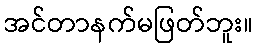
အင်တာနက်မဖြတ်ဘူး။